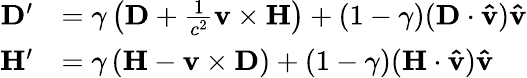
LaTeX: {\begin{array}{rl}{\mathbf{D}^{\prime}}&{=\gamma\left(\mathbf{D}+{\frac{1}{c^{2}}}\mathbf{v}\times\mathbf{H}\right)+(1-\gamma)(\mathbf{D}\cdot\mathbf{\hat{v}})\mathbf{\hat{v}}}\\ {\mathbf{H}^{\prime}}&{=\gamma\left(\mathbf{H}-\mathbf{v}\times\mathbf{D}\right)+(1-\gamma)(\mathbf{H}\cdot\mathbf{\hat{v}})\mathbf{\hat{v}}}\end{array}}